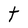
Character: t